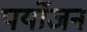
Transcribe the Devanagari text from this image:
पर्योजन